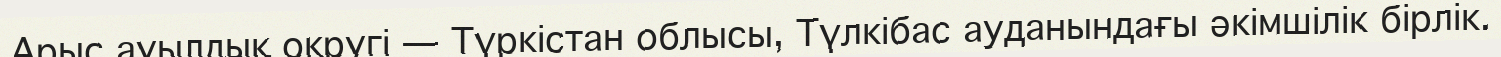
Арыс ауылдық округі — Түркістан облысы, Түлкібас ауданындағы әкімшілік бірлік.